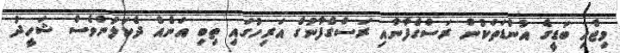
މިޖެހި ބަޑީގެ އުންޑަތަކުން ރަސްގެފާނާއި ރަސްގެފާނުގެ އަރިހުގައި ތިބި އަނެއް ދެކަލުންވެސް ޝަހީދު